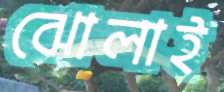
ঝোলাই